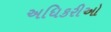
અધિકરીઓ